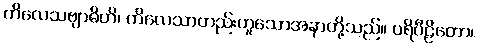
ကိလေသဗျာဓိဟိ၊ ကိလေသာတည်းဟူသောအနာတို့သည်။ ပရိပီဠိတော၊